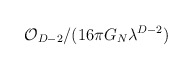
\begin{align*}\mathcal{O}_{D-2}/(16\pi G_{N}\lambda ^{D-2})\end{align*}